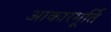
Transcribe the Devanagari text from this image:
आकारमूर्ति